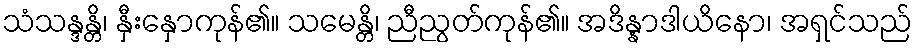
သံသန္ဒန္တိ၊ နှီးနှောကုန်၏။ သမေန္တိ၊ ညီညွတ်ကုန်၏။ အဒိန္နာဒါယိနော၊ အရှင်သည်